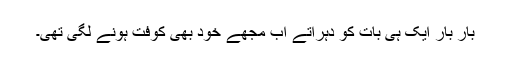
بار بار ایک ہی بات کو دہراتے اب مجھے خود بھی کوفت ہونے لگی تھی۔